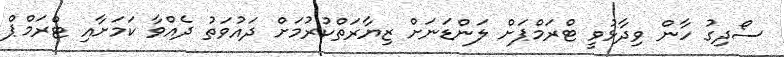
ސޯދިގު ހާން ވިދާޅުވީ ޓްރަމްޕަށް ލަންޑަނަށް ޒިޔާރަތްކުރުމަށް ދައުވަތު ދެއްވާ ކަމަށާއި ޓްރަމްޕް